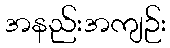
အနည်းအကျဉ်း